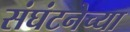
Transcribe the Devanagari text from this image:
संघंटनेच्या